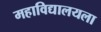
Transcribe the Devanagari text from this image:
महाविद्यालयला